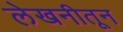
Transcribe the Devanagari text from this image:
लेखनीतून